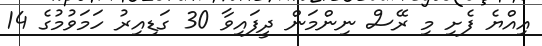
އިއްޔެ ފެށި މި ރޭސް ނިންމަން ދީފައިވާ 30 ގަޑިއިރު ހަމަވުމުގެ 14